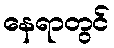
နေရာတွင်